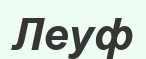
Леуф